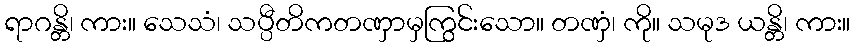
ရာဂန္တိ၊ ကား။ သေသံ၊ သပ္ပီတိကတဏှာမှကြွင်းသော။ တဏှံ၊ ကို။ သမုဒ ယန္တိ၊ ကား။